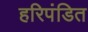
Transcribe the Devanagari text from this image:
हरिपंडित